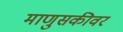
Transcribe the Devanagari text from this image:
माणुसकीवर